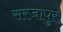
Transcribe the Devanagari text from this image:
सरजापुर